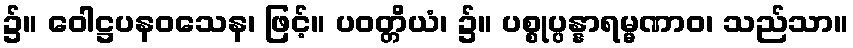
၌။ ဝေါဋ္ဌပနဝသေန၊ ဖြင့်။ ပဝတ္တိယံ၊ ၌။ ပစ္စုပ္ပန္နာရမ္မဏာဝ၊ သည်သာ။